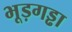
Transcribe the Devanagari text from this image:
भूड़गड्ढा